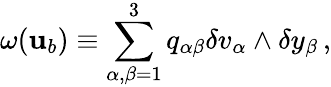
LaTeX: {\omega}({\mathbf{u}}_{b})\equiv\sum_{\alpha,\beta=1}^{3}q_{\alpha\beta}\delta{v}_{\alpha}\wedge\delta{y}_{\beta}\, ,